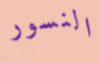
النسور